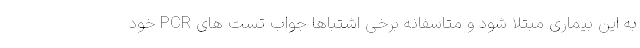
به این بیماری مبتلا شود و متاسفانه برخی اشتباها جواب تست های PCR خود